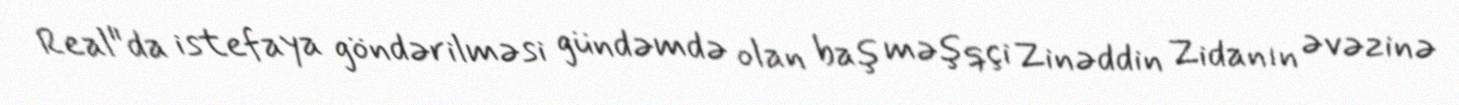
Real"da istefaya göndərilməsi gündəmdə olan baş məşqçi Zinəddin Zidanın əvəzinə